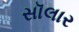
સૉલાર